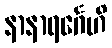
နာနာရင်္ဂေဟိ